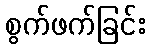
စွက်ဖက်ခြင်း